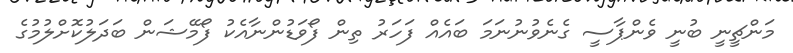
މަންޗީނީ ބުނީ ވެންޕާސީ ގެނެވުނުނަމަ ބައެއް ފަހަރު ތިން ފޯވަޑުންނާއެކު ފޯމޭޝަން ބަދަލުކޮށްލުމުގެ